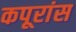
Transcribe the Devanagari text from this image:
कपूरांस